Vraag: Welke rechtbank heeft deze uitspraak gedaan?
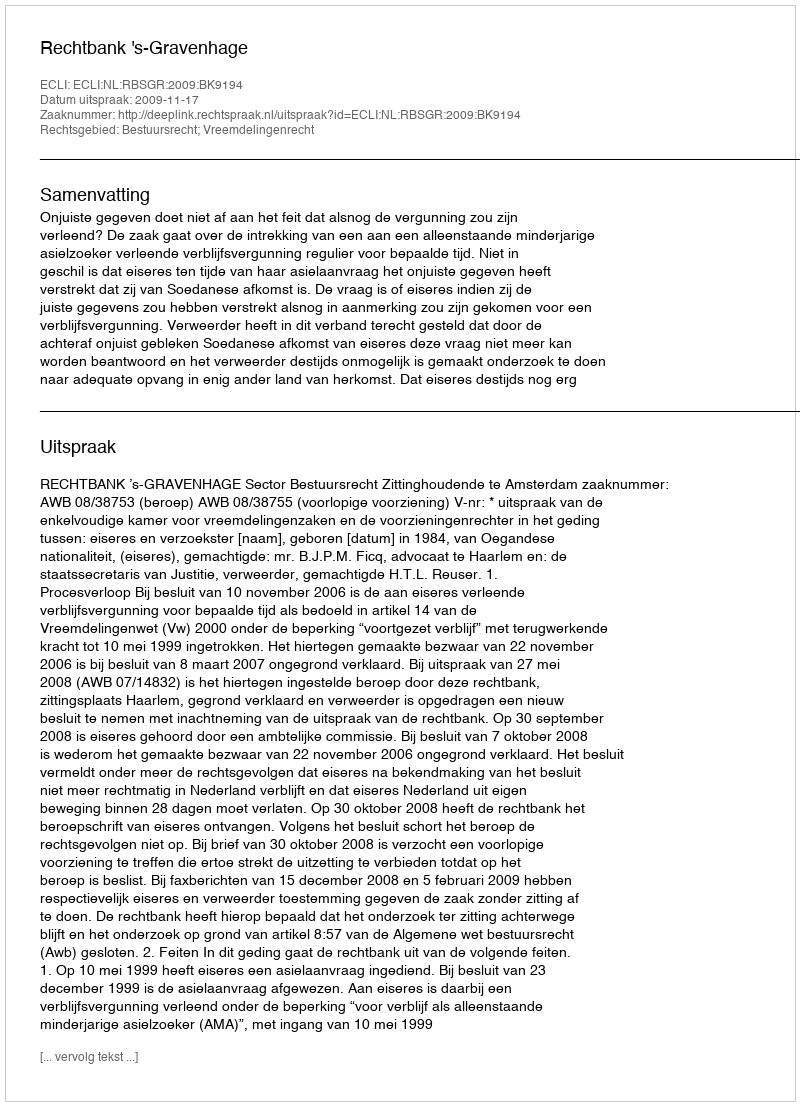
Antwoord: Rechtbank 's-Gravenhage